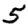
Digit: 5